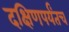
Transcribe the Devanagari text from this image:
दक्षिणपर्यंतच